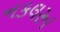
નકલરૂા